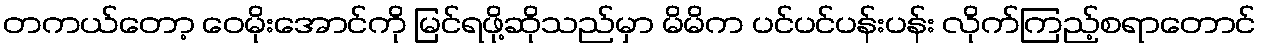
တကယ်တော့ ဝေမိုးအောင်ကို မြင်ရဖို့ဆိုသည်မှာ မိမိက ပင်ပင်ပန်းပန်း လိုက်ကြည့်စရာတောင်